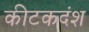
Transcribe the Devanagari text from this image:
कीटकदंश